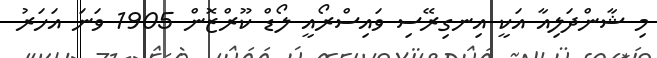
މި ޝާންދަލިއާ އަކީ އިނގިރޭސި ވައިސްރޯއީ ލޯޑް ކޫރްޒޮން 1905 ވަނަ އަހަރު